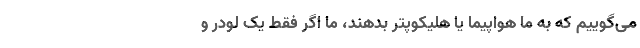
می‌گوییم که به ما هواپیما یا هلیکوپتر بدهند، ما اگر فقط یک لودر و